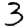
Digit: 3